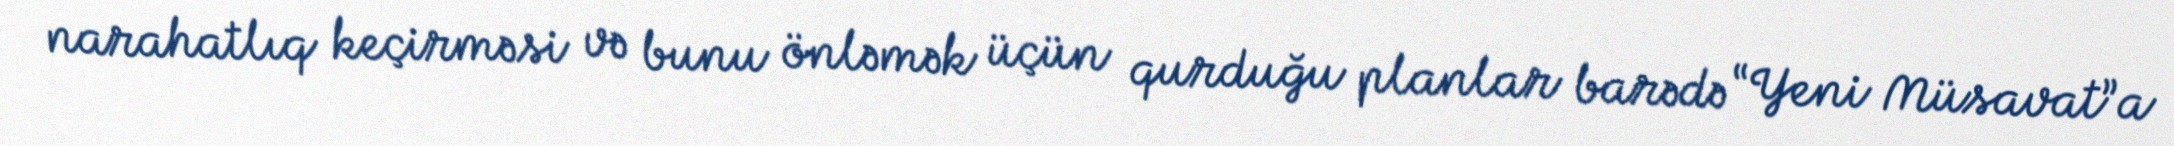
narahatlıq keçirməsi və bunu önləmək üçün qurduğu planlar barədə “Yeni Müsavat”a